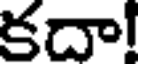
కదా!